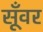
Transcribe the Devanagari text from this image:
सूँवर